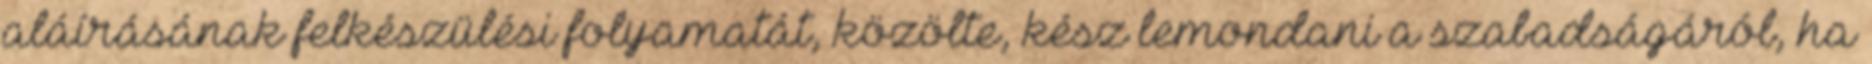
aláírásának felkészülési folyamatát, közölte, kész lemondani a szabadságáról, ha